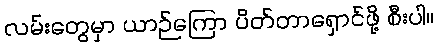
လမ်းတွေမှာ ယာဉ်ကြော ပိတ်တာရှောင်ဖို့ စီးပါ။